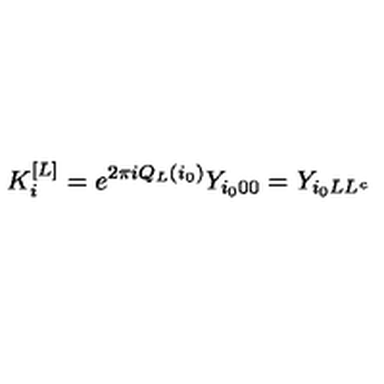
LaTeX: K _ { i } ^ { [ L ] } = e ^ { 2 \pi i Q _ { L } ( i _ { 0 } ) } Y _ { i _ { 0 } 0 0 } = Y _ { i _ { 0 } L L ^ { c } }